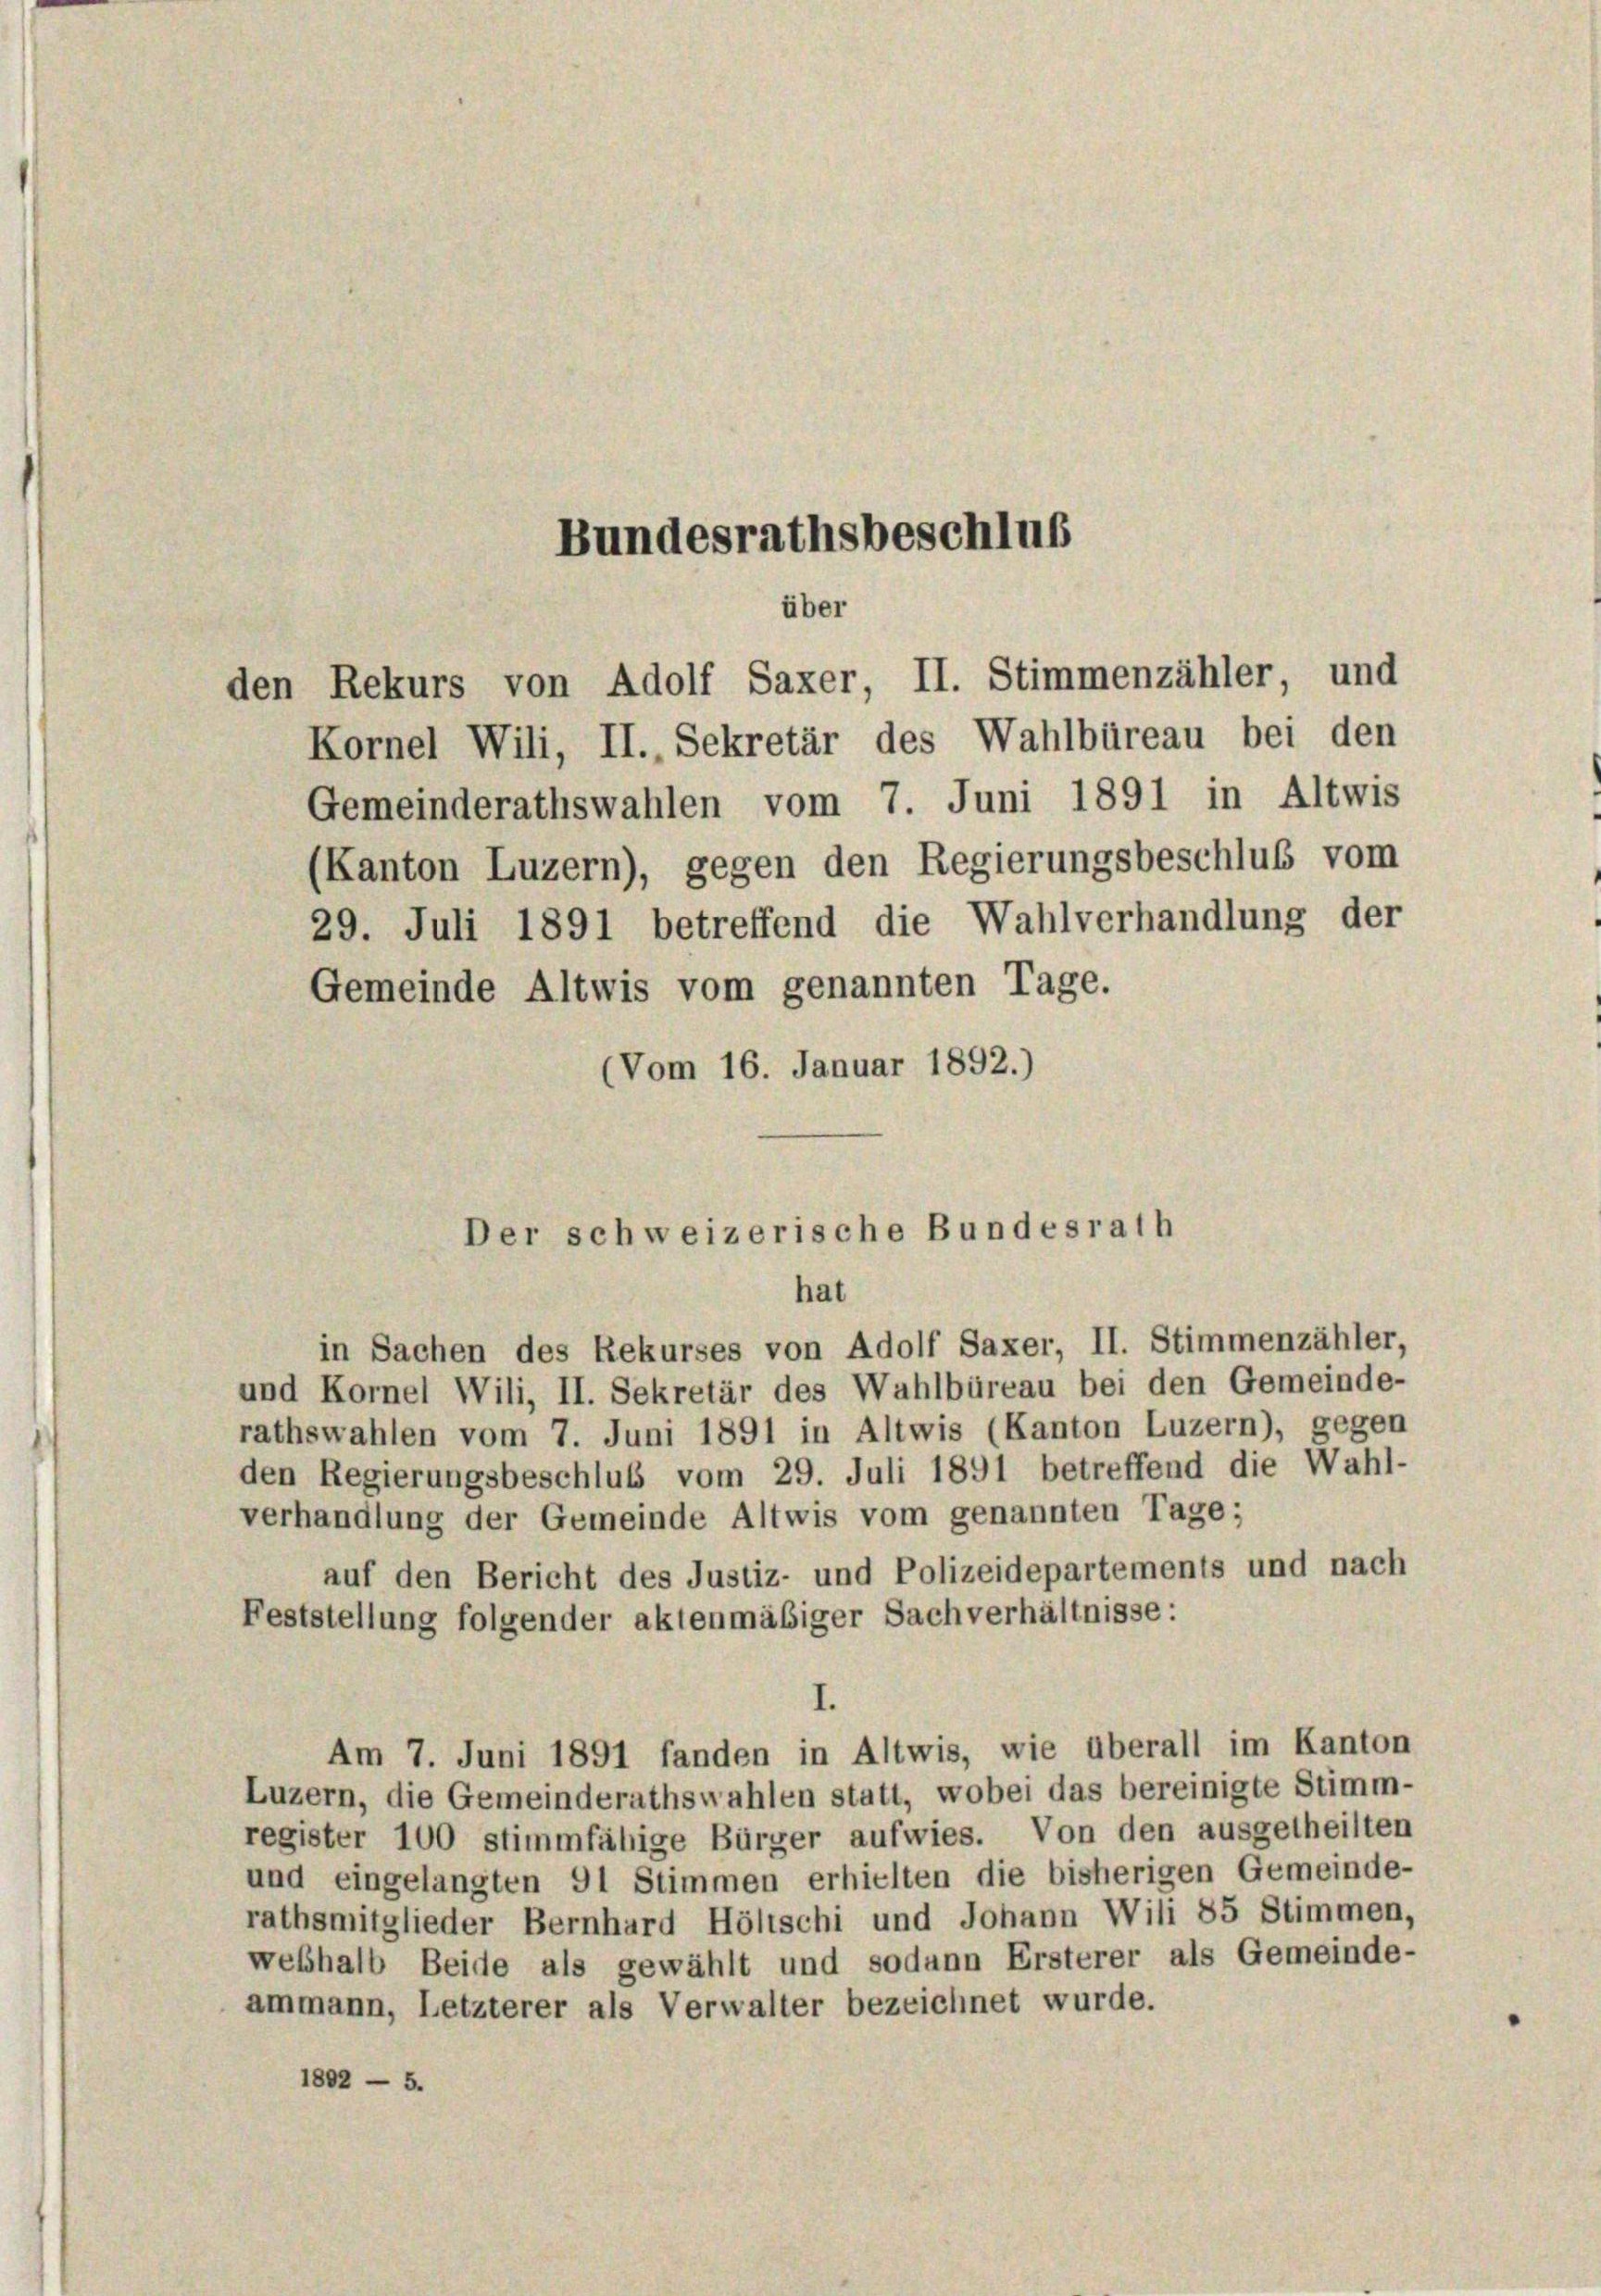
Bundesrathsbeschluß
über
den Rekurs von Adolf Saxer, II. Stimmenzähler, und

Kornel Wili, II., Sekretär des Wahlbüreau bei den
Gemeinderathswahlen vom 7. Juni 1891 in Altwis
(Kanton Luzern), gegen den Regierungsbeschluß vom
29. Juli 1891 betreffend die Wahlverhandlung der
Gemeinde Altwis vom genannten Tage.
(Vom 16. Januar 1892.)

Der schweizerische Bundesrath
hat

in Sachen des Rekurses von Adolf Saxer, II. Stimmenzähler,
und Kornel Wili, II. Sekretär des Wahlbüreau bei den Gemeinde-
rathswahlen vom 7. Juni 1891 in Altwis (Kanton Luzern), gegen
den Regierungsbeschluß vom 29. Juli 1891 betreffend die Wahl-
verhandlung der Gemeinde Altwis vom genannten Tage;
auf den Bericht des Justiz- und Polizeidepartements und nach
Feststellung folgender aktenmäßiger Sachverhältnisse:
I.
Am 7. Juni 1891 fanden in Altwis, wie überall im Kanton
Luzern, die Gemeinderathswahlen statt, wobei das bereinigte Stimm-
register 100 stimmfähige Bürger aufwies. Von den ausgetheilten
und eingelangten 91 Stimmen erhielten die bisherigen Gemeinde-
rathsmitglieder Bernhard Hölischi und Johann Wili 85 Stimmen,
weshalb Beide als gewählt und sodann Ersterer als Gemeinde-
ammann, Letzterer als Verwalter bezeichnet wurde.
1802 - 5.